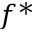
f ^ { * }